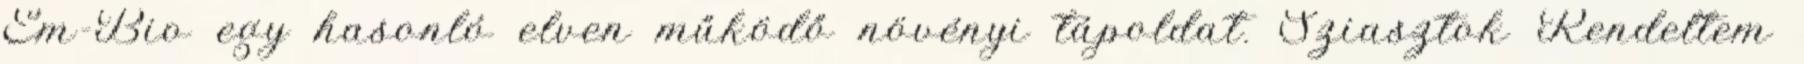
Em-Bio egy hasonló elven működő növényi tápoldat. Sziasztok Rendeltem